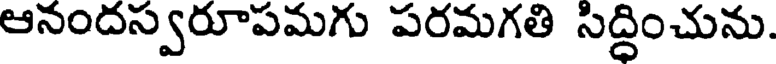
ఆనందస్వరూపమగు పరమగతి సిద్ధించును.